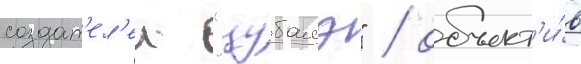
создат'ел'еи "цубамэ" / объект'и́в